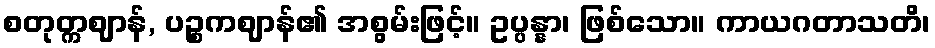
စတုတ္ကဈာန်, ပဉ္စကဈာန်၏ အစွမ်းဖြင့်။ ဥပ္ပန္နာ၊ ဖြစ်သော။ ကာယဂတာသတိ၊